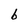
Character: b